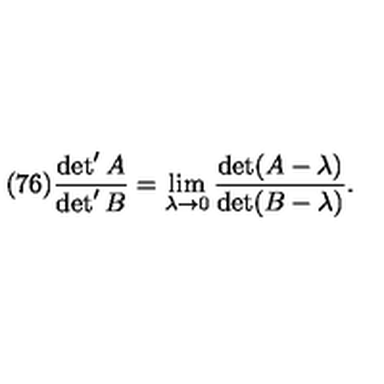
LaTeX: ( 7 6 ) \frac { \det ^ { \prime } A } { \det ^ { \prime } B } = \lim _ { \lambda \to 0 } \frac { \det ( A - \lambda ) } { \det ( B - \lambda ) } .